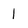
Character: 1